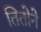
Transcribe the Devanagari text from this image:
तितोने